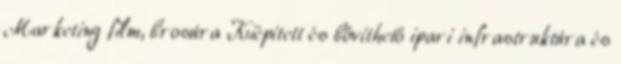
Marketing film, brosúra Kiépített és bővíthető ipari infrastruktúra és